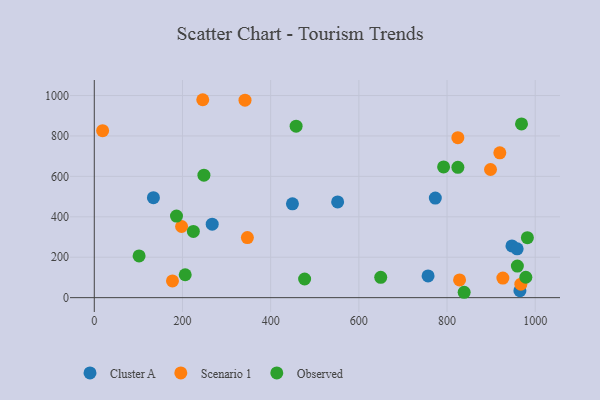
{"axis": {"x": "Experience", "y": "Exam Score"}, "legend": ["Cluster A", "Observed", "Scenario 1"], "data": [{"x": "267.4", "y": 363.6, "type": "Cluster A"}, {"x": "947.2", "y": 255.8, "type": "Cluster A"}, {"x": "965.3", "y": 34.6, "type": "Cluster A"}, {"x": "449.4", "y": 464.0, "type": "Cluster A"}, {"x": "551.9", "y": 473.5, "type": "Cluster A"}, {"x": "959.0", "y": 241.5, "type": "Cluster A"}, {"x": "757.0", "y": 107.7, "type": "Cluster A"}, {"x": "134.1", "y": 494.5, "type": "Cluster A"}, {"x": "773.4", "y": 492.8, "type": "Cluster A"}, {"x": "177.3", "y": 82.9, "type": "Scenario 1"}, {"x": "824.5", "y": 791.5, "type": "Scenario 1"}, {"x": "919.7", "y": 716.4, "type": "Scenario 1"}, {"x": "967.4", "y": 66.7, "type": "Scenario 1"}, {"x": "341.8", "y": 976.9, "type": "Scenario 1"}, {"x": "18.9", "y": 826.0, "type": "Scenario 1"}, {"x": "926.6", "y": 96.8, "type": "Scenario 1"}, {"x": "246.0", "y": 979.2, "type": "Scenario 1"}, {"x": "198.0", "y": 352.0, "type": "Scenario 1"}, {"x": "828.4", "y": 87.7, "type": "Scenario 1"}, {"x": "347.2", "y": 297.1, "type": "Scenario 1"}, {"x": "898.6", "y": 633.9, "type": "Scenario 1"}, {"x": "824.6", "y": 645.0, "type": "Observed"}, {"x": "968.9", "y": 859.7, "type": "Observed"}, {"x": "101.6", "y": 206.6, "type": "Observed"}, {"x": "206.2", "y": 113.4, "type": "Observed"}, {"x": "457.7", "y": 848.4, "type": "Observed"}, {"x": "248.6", "y": 605.8, "type": "Observed"}, {"x": "186.4", "y": 403.4, "type": "Observed"}, {"x": "477.0", "y": 92.2, "type": "Observed"}, {"x": "792.2", "y": 646.9, "type": "Observed"}, {"x": "982.2", "y": 296.8, "type": "Observed"}, {"x": "978.7", "y": 101.0, "type": "Observed"}, {"x": "224.7", "y": 327.8, "type": "Observed"}, {"x": "959.5", "y": 156.1, "type": "Observed"}, {"x": "838.8", "y": 26.6, "type": "Observed"}, {"x": "649.6", "y": 100.5, "type": "Observed"}]}